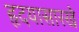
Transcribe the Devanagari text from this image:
हृदयासारखे